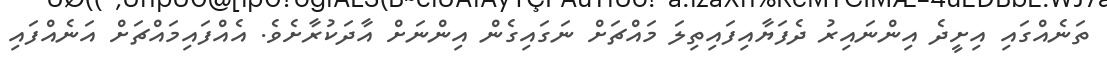
ތަނެއްގައި އިށީދެ އިންނައިރު ދެފަޔާއިފައިތިލަ މައްޗަށް ނަގައިގެން އިންނަށް އާދަކުރާށެވެ. އެއްފައިމައްޗަށް އަނެއްފައި